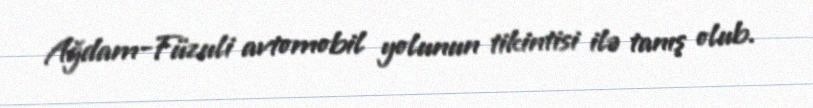
Ağdam-Füzuli avtomobil yolunun tikintisi ilə tanış olub.